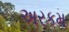
અરકમ